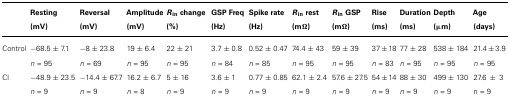
<table><thead><tr><td></td><td><b>Resting (mV)</b></td><td><b>Reversal (mV)</b></td><td><b>Amplitude (mV)</b></td><td><b><i>R</i><sub> in </sub> change (%)</b></td><td><b>GSP Freq (Hz)</b></td><td><b>Spike rate (Hz)</b></td><td><b><i>R</i><sub> in </sub> rest (Mø)</b></td><td><b><i>R</i><sub> in </sub> GSP (Mø)</b></td><td><b>Rise (ms)</b></td><td><b>Duration (ms)</b></td><td><b>Depth (μm)</b></td><td><b>Age (days)</b></td></tr></thead><tbody><tr><td>Control</td><td>-68.5± 7.1</td><td>-8 ± 23.8</td><td>19 ± 6.4</td><td>22 ± 21</td><td>3.7 ± 0.8</td><td>0.52 ± 0.47</td><td>74.4 ± 43</td><td>59 ± 39</td><td>37 ± 18</td><td>77 ± 28</td><td>538 ± 184</td><td>21.4 ± 3.9</td></tr><tr><td></td><td><i>n</i> = 95</td><td><i>n</i> = 69</td><td><i>n</i> = 95</td><td><i>n</i> = 95</td><td><i>n</i> = 84</td><td><i>n</i> = 85</td><td><i>n</i> = 95</td><td><i>n</i> = 95</td><td><i>n</i> = 83</td><td><i>n</i> = 95</td><td><i>n</i> = 95</td><td><i>n</i> = 95</td></tr><tr><td>Cl</td><td>-48.9 ± 23.5</td><td>-14.4 ± 67.7</td><td>16.2 ± 6.7</td><td>5 ± 16</td><td>3.6 ± 1</td><td>0.77 ± 0.85</td><td>62.1 ± 2.4</td><td>57.6 ± 27.5</td><td>54 ± 14</td><td>88 ± 30</td><td>499 ± 130</td><td>27.6 ± 3</td></tr><tr><td></td><td><i>n</i> = 9</td><td><i>n</i> = 9</td><td><i>n</i> = 8</td><td><i>n</i> = 9</td><td><i>n</i> = 9</td><td><i>n</i> = 9</td><td><i>n</i> = 9</td><td><i>n</i> = 9</td><td><i>n</i> = 9</td><td><i>n</i> = 9</td><td><i>n</i> = 9</td><td><i>n</i> = 9</td></tr></tbody></table>